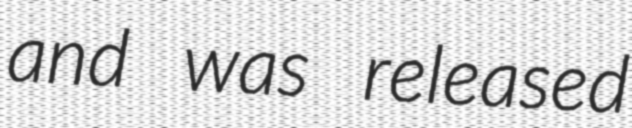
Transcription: and was released